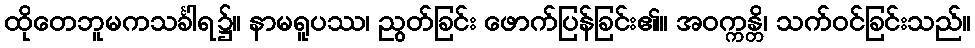
ထိုတေဘူမကသင်္ခါရ၌။ နာမရူပဿ၊ ညွတ်ခြင်း ဖောက်ပြန်ခြင်း၏။ အဝက္ကန္တိ၊ သက်ဝင်ခြင်းသည်။